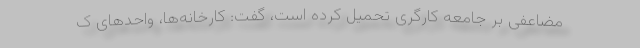
مضاعفی بر جامعه کارگری تحمیل کرده است، گفت: کارخانه‌ها، واحدهای ک